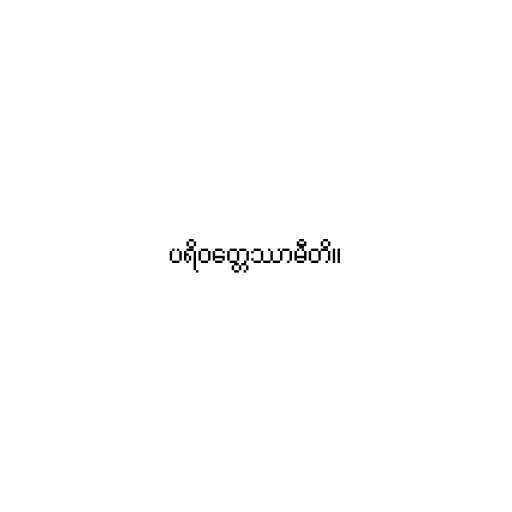
ပရိဝတ္တေဿာမီတိ။